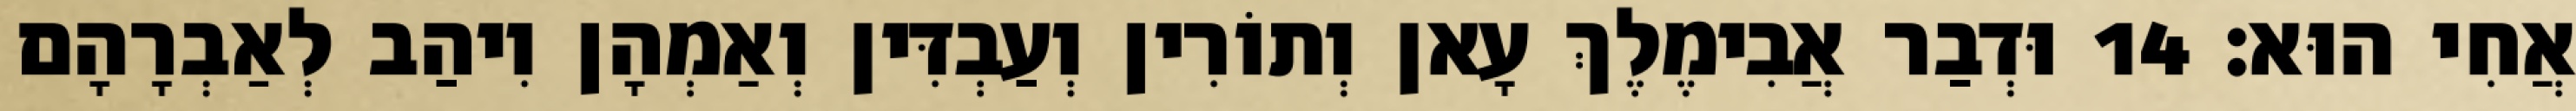
אֲחִי הוּא׃ 14 וּדְבַר אֲבִימֶלֶךְ עָאן וְתוֹרִין וְעַבְדִּין וְאַמְהָן וִיהַב לְאַבְרָהָם